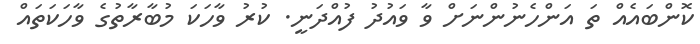
ކޮންބައެއް ތަ އަންހެނުންނަށް ވާ ވައުދު ފުއްދަނީ. ކުރު ވާހަކަ މުބާރާތުގެ ވާހަކަތައް